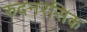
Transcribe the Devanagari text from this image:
रुदनरसिक